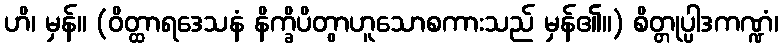
ဟိ၊ မှန်။ (ဝိတ္ထာရဒေသနံ နိက္ခိပိတွာဟူသောစကားသည် မှန်၏။) စိတ္တုပ္ပါဒကဏ္ဍံ၊